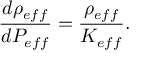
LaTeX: { \frac { d \rho _ { e f f } } { d P _ { e f f } } } = { \frac { \rho _ { e f f } } { K _ { e f f } } } .